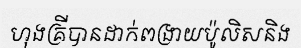
ហុងគ្រីបានដាក់ពង្រាយប៉ូលិសនិង